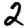
Digit: 2